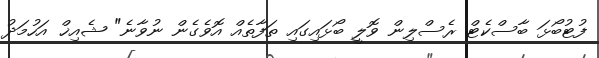
ފުޓުބޯޅަ ބާސްކެޓް ރެސްލިން ވޮލީ ބޯޅައިގައި ތަފާތެއް އޮވެގެން ނުވާނެ" ޝެއިޚް އަހުމަދު